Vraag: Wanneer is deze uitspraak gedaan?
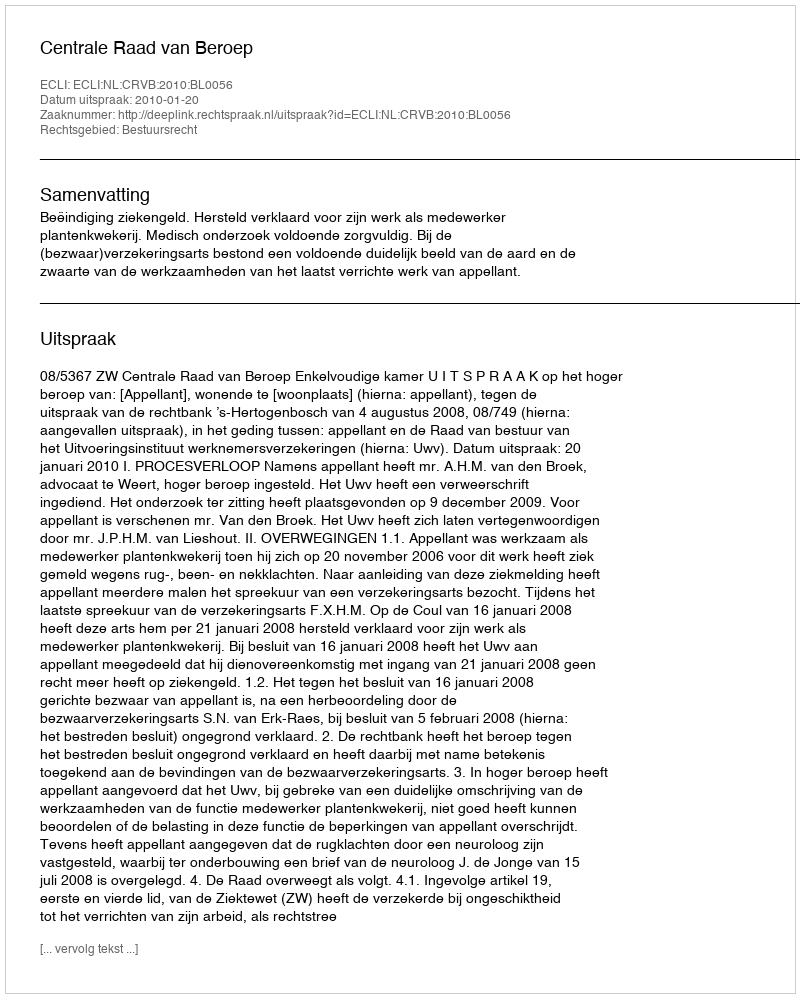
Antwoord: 2010-01-20